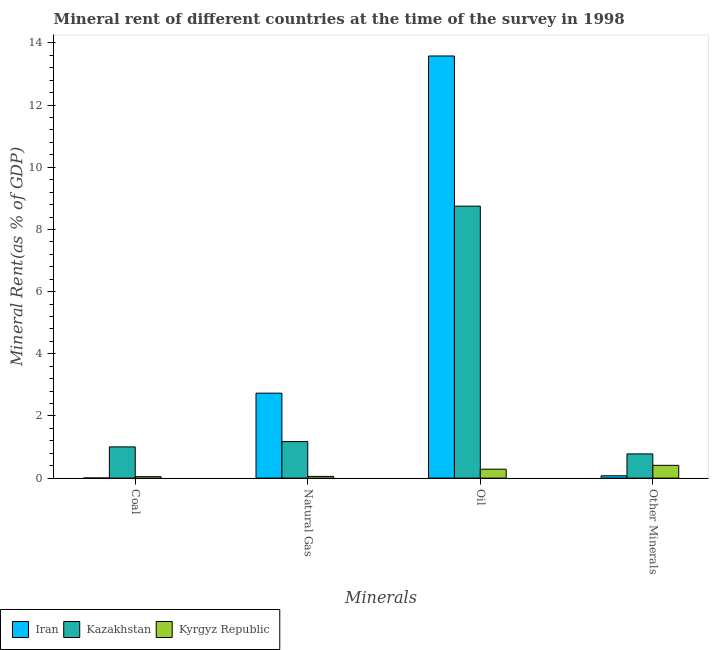
| Minerals | Iran | Kazakhstan | Kyrgyz Republic |
 | --- | --- | --- | --- |
 | Coal | 0.00354 | 1.01 | 0.0471 |
 | Natural Gas | 2.73 | 1.18 | 0.0555 |
 | Oil | 13.6 | 8.75 | 0.288 |
 | Other Minerals | 0.0747 | 0.779 | 0.411 |